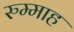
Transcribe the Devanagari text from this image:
रुम्माह